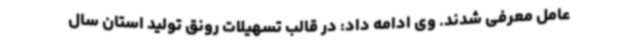
عامل معرفی شدند. وی ادامه داد: در قالب تسهیلات رونق تولید استان سال